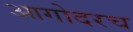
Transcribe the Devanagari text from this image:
आगोदरच